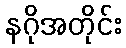
နဂိုအတိုင်း